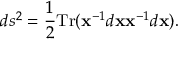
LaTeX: d s ^ { 2 } = { \frac { 1 } { 2 } } \mathrm { T r } ( { \bf x } ^ { - 1 } d { \bf x } { \bf x } ^ { - 1 } d { \bf x } ) .